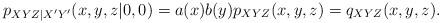
LaTeX: \begin{align*}p_{XYZ|X'Y'}(x,y,z|0,0)& =a(x)b(y)p_{XYZ}(x,y,z) =q_{XYZ}(x,y,z).\end{align*}